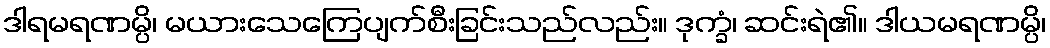
ဒါရမရဏမ္ပိ၊ မယားသေကြေပျက်စီးခြင်းသည်လည်း။ ဒုက္ခံ၊ ဆင်းရဲ၏။ ဒါယမရဏမ္ပိ၊